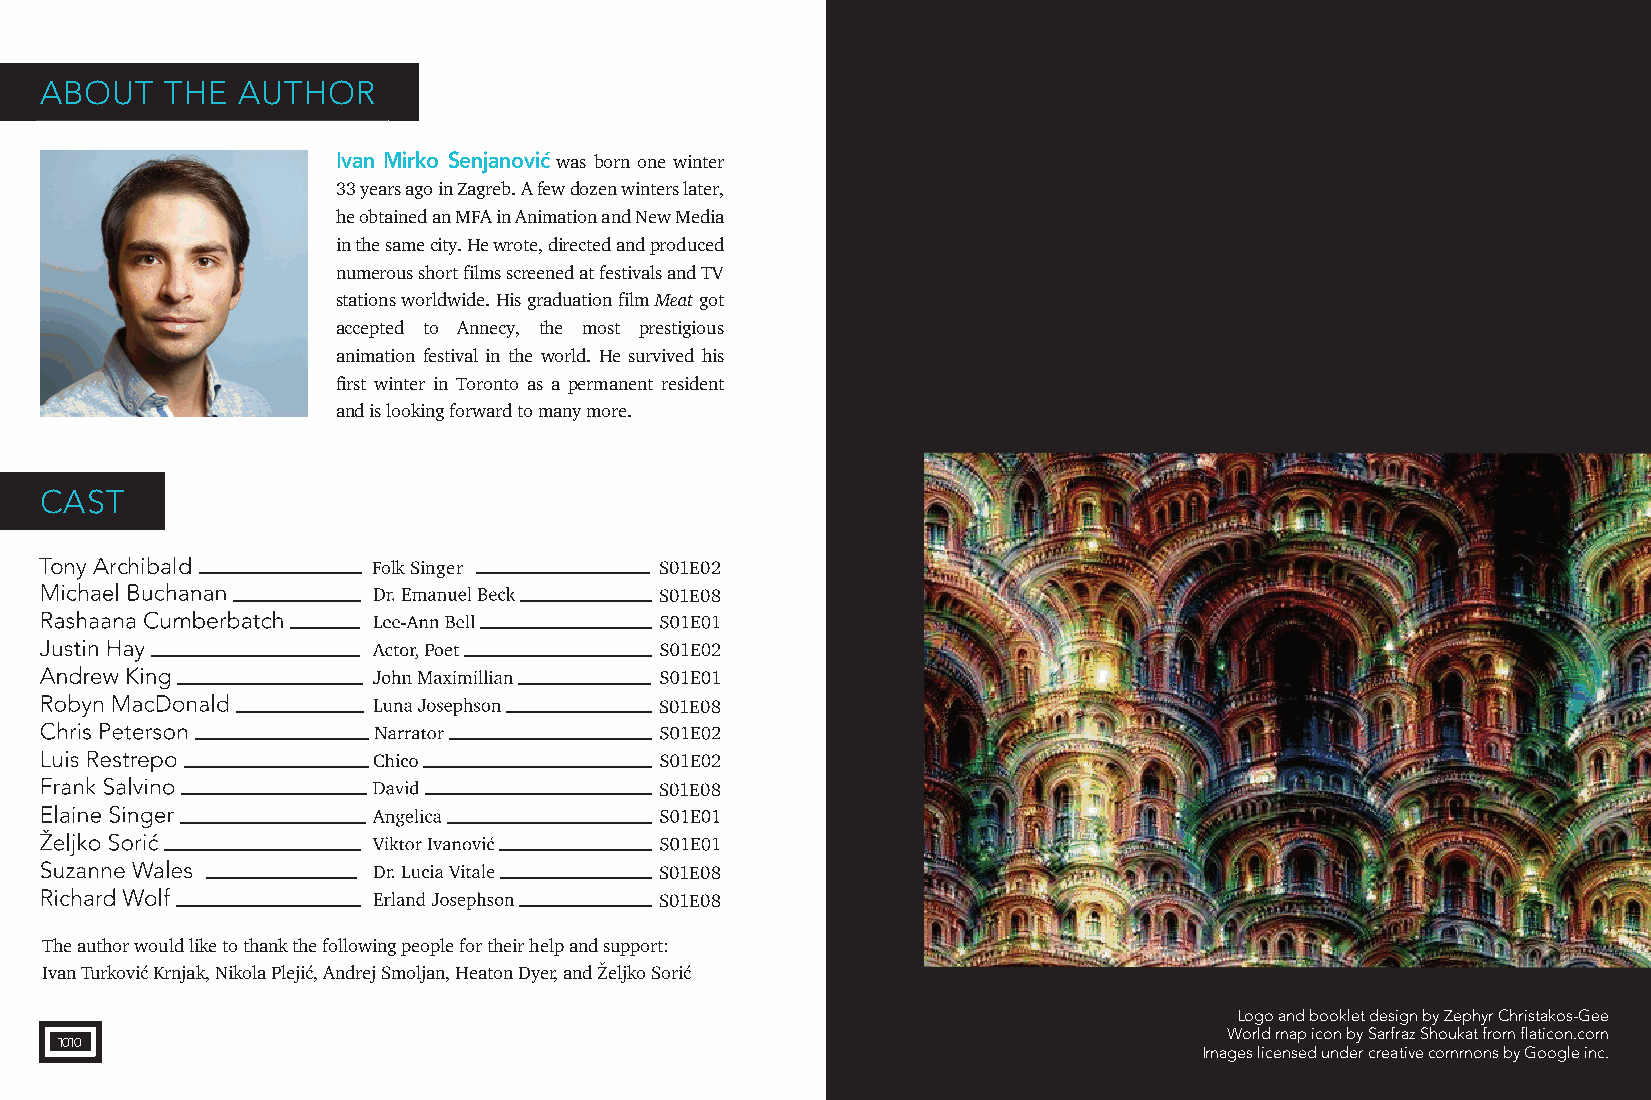
AAAAAAAAABBBBBBBBOOOOOOOUUUUUUTTTTTTTT TTTTTTTTHHHHHHHHEEEEEEEE AAAAAAAAAUUUUUUTTTTTTTTHHHHHHHHOOOOOOORRRRRRRRR
 Ivan Mirko Senjanović was born one winter
 33 years ago in Zagreb. A few dozen winters later,
 he obtained an MFA in Animation and New Media
 in the same city. He wrote, directed and produced
 numerous short films screened at festivals and TV
 stations worldwide. His graduation film Meat got
 accepted to Annecy, the most prestigious
 animation festival in the world. He survived his
 first winter in Toronto as a permanent resident
 and is looking forward to many more.
 CAST
 Tony Archibald
 Folk Singer        S01E02
 S01E08
 S01E08
 S01E08
 S01E08
 S01E08
 The author would like to thank the following people for their help and support:
 Ivan Turković Krnjak, Nikola Plejić, Andrej Smoljan, Heaton Dyer, and Željko Sorić
 Logo and booklet design by Zephyr Christakos-Gee
 World map icon by Sarfraz Shoukat from flaticon.com
 1010
 Images licensed under creative commons by Google inc.